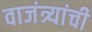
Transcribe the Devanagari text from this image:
वाजंत्र्यांची